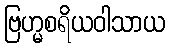
ဗြဟ္မစရိယဝါသာယ